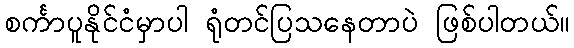
စင်္ကာပူနိုင်ငံမှာပါ ရုံတင်ပြသနေတာပဲ ဖြစ်ပါတယ်။